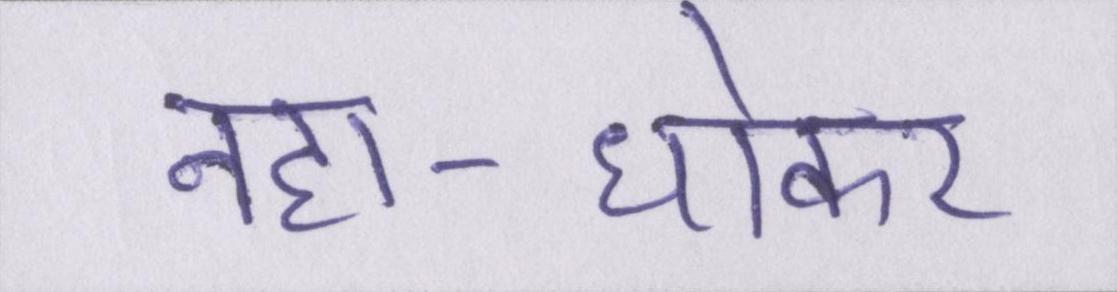
नहा-धोकर